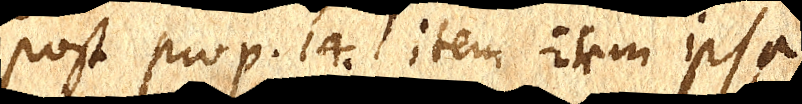
post prop. 14. item item ipsa